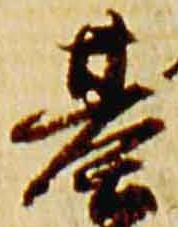
基